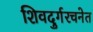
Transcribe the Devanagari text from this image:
शिवदुर्गरचनेत